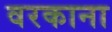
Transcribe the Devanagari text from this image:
वरकाना